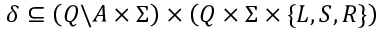
\delta \subseteq \left( Q \backslash A \times \Sigma \right) \times \left( Q \times \Sigma \times \{ L , S , R \} \right)